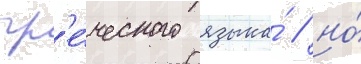
гр'е́ческого языка́ / но́